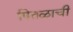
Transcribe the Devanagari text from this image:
पितळाची